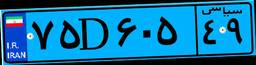
۷۱D۲۵۳۱۵